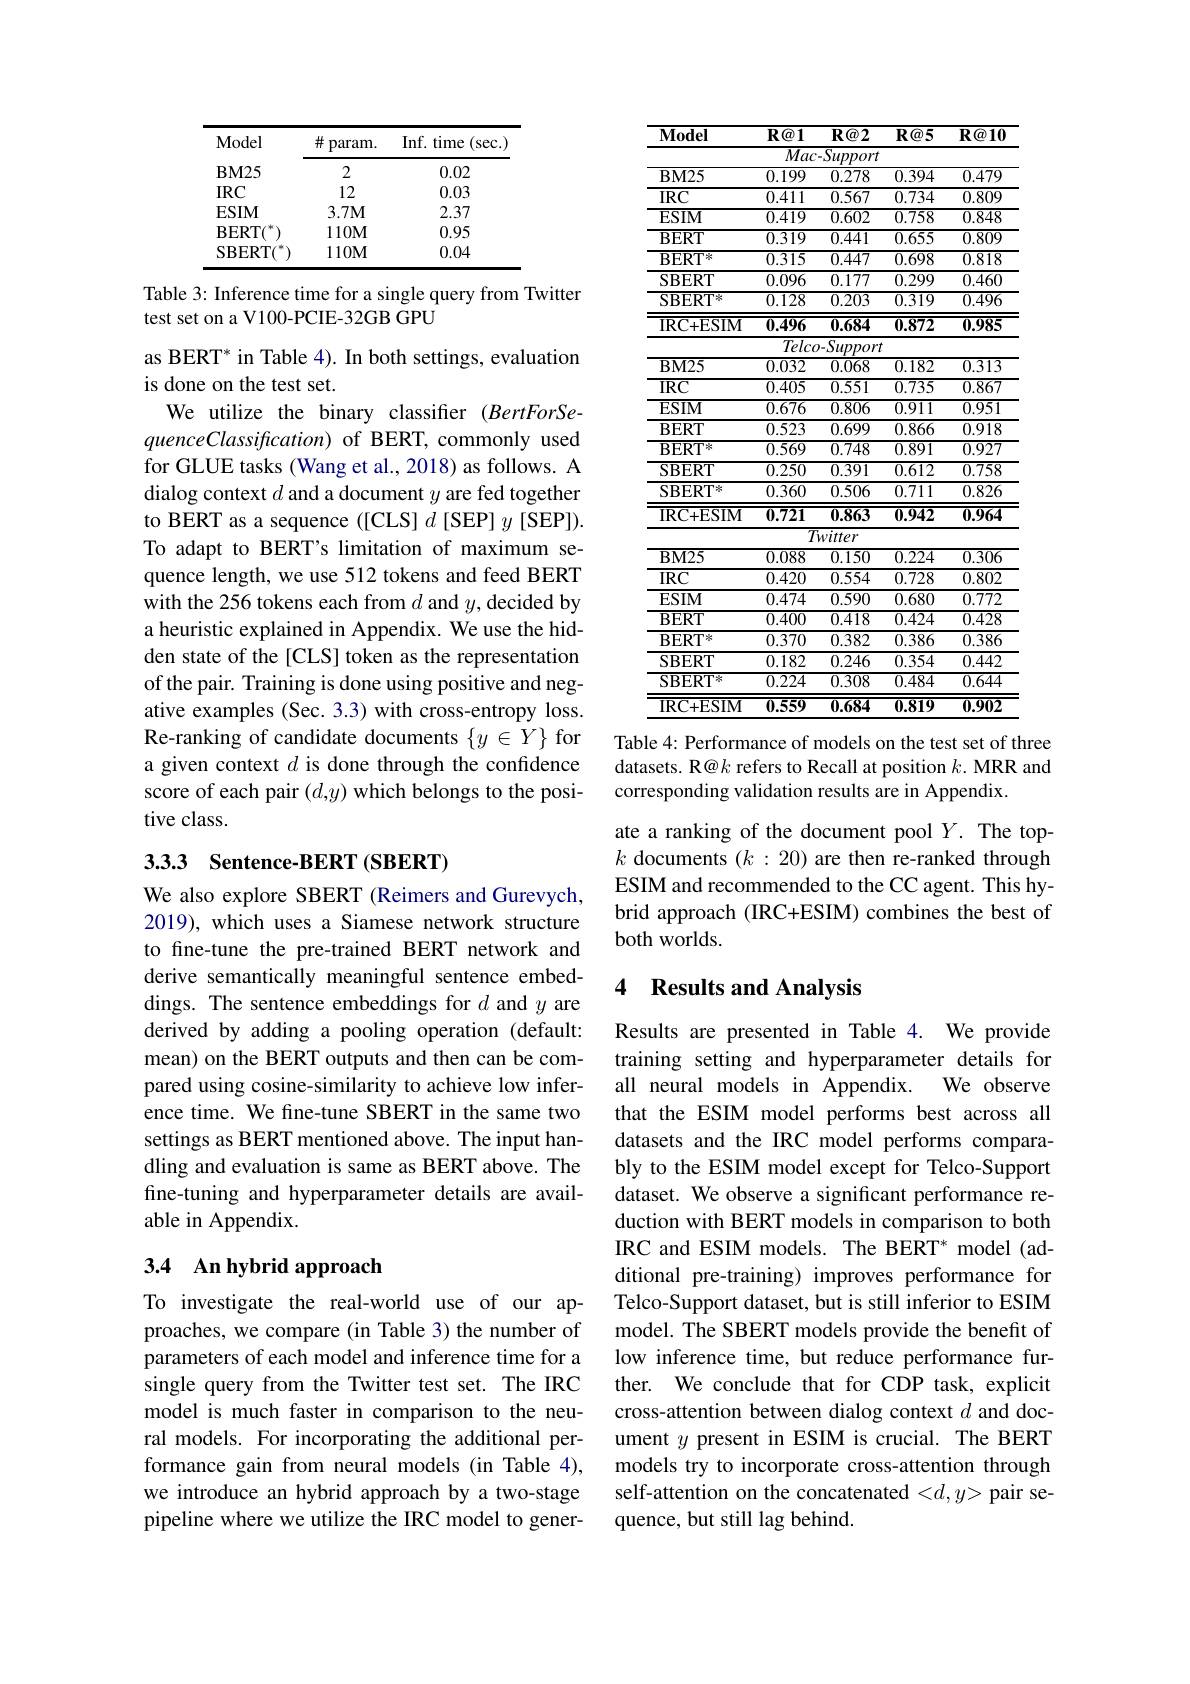
<table>
	<tbody>
		<tr>
			<th>Model</th>
			<th>井 param.</th>
			<th>Inf. t time (sec</th>
		</tr>
		<tr>
			<td>$\mathbf{BM25}$</td>
			<td>2</td>
			<td>0.02</td>
		</tr>
		<tr>
			<td>$IRC$</td>
			<td>12</td>
			<td>0.03</td>
		</tr>
		<tr>
			<td>ESIM</td>
			<td>$3.7\mathbf{M}$</td>
			<td>2.37</td>
		</tr>
		<tr>
			<td>$\mathbf{BERT}$</td>
			<td>$110\mathbf{M}$</td>
			<td>0.95</td>
		</tr>
		<tr>
			<td>SBERT(</td>
			<td>$110\mathbf{M}$</td>
			<td>0.04</td>
		</tr>
	</tbody>
</table>

Table 3: Inference time for a single query from Twitter
test set on a V100-PCIE-32GB GPU

as BERT* in Table 4). In both settings, evaluation
is done on the test set.
We utilize the binary classifier (BertForSequenceClassification) of BERT, commonly used for GLUE tasks (Wang et al., 2018) as follows. A dialog context $d$ and a document $y$ are fed together to BERT as a sequence ([CLS] $d$ [SEP] $y$[SEP]). To adapt to BERT's limitation of maximum sequence length, we use 512 tokens and feed BERT with the 256 tokens each from $d$ and $y$,decided by a heuristic explained in Appendix. We use the hidden state of the [CLS] token as the representation of the pair. Training is done using positive and negative examples (Sec. 3.3) with cross-entropy loss. Re-ranking of candidate documents $\{y\in Y\}$ for a given context $d$ is done through the confidence score of each pair $(d,y)$ which belongs to the positive class.

## 3.3.3 Sentence-BERT (SBERT)

We also explore SBERT (Reimers and Gurevych, 2019), which uses a Siamese network structure to fine-tune the pre-trained BERT network and derive semantically meaningful sentence embeddings. The sentence embeddings for $d$ and $y$ are derived by adding a pooling operation (default: mean) on the BERT outputs and then can be compared using cosine-similarity to achieve low inference time. We fine-tune SBERT in the same two settings as BERT mentioned above. The input handling and evaluation is same as BERT above. The fine-tuning and hyperparameter details are available in Appendix.

# 3.4 An hybrid approach

To investigate the real-world use of our approaches, we compare (in Table 3) the number of parameters of each model and inference time for a single query from the Twitter test set. The IRC model is much faster in comparison to the neural models. For incorporating the additional performance gain from neural models (in Table 4), we introduce an hybrid approach by a two-stage pipeline where we utilize the IRC model to gener-

<table>
	<tbody>
		<tr>
			<th>$\mathbf{Model}$</th>
			<th>$R@1$</th>
			<th>$R@2$</th>
			<th>$R@5$</th>
			<th>$\mathbf{R} \textcircled {a}10$</th>
		</tr>
		<tr>
			<td> </td>
			<td>$\overline{Mac}$</td>
			<td>$-Support$</td>
			<td> </td>
			<td> </td>
		</tr>
		<tr>
			<td>$\mathbf{BM25}$</td>
			<td>0.199</td>
			<td>0.278</td>
			<td>0.394</td>
			<td>0.479</td>
		</tr>
		<tr>
			<td>$IRC$</td>
			<td>0.411</td>
			<td>0.567</td>
			<td>0.734</td>
			<td>0.809</td>
		</tr>
		<tr>
			<td>$\mathbf{ESIM}$</td>
			<td>$\overline{0.419}$</td>
			<td>$\overline{0.602}$</td>
			<td>$\overline{0.758}$</td>
			<td>$\overline{0.848}$</td>
		</tr>
		<tr>
			<td>$\mathbf{BERT}$</td>
			<td>$\overline{0.319}$</td>
			<td>$\overline{0.441}$</td>
			<td>$\overline{0.655}$</td>
			<td>$\overline{0.809}$</td>
		</tr>
		<tr>
			<td>$\mathbf{BERT}^{*}$</td>
			<td>$\overline{0.315}$</td>
			<td>$\overline{0.447}$</td>
			<td>$\overline{0.698}$</td>
			<td>$\overline{0.818}$</td>
		</tr>
		<tr>
			<td>$\mathbf{SBERT}$</td>
			<td>0.096</td>
			<td>0.177</td>
			<td>0.299</td>
			<td>0.460</td>
		</tr>
		<tr>
			<td>SBERT 米</td>
			<td>$\overline{0.128}$</td>
			<td>$\overline{0.203}$</td>
			<td>$\overline{0.319}$</td>
			<td>$\overline{0.496}$</td>
		</tr>
		<tr>
			<td>IRC+ ESIM</td>
			<td>$\overline{0.496}$</td>
			<td>$\overline{0.684}$</td>
			<td>$\overline{0.872}$</td>
			<td>$\overline{0.985}$</td>
		</tr>
		<tr>
			<td> </td>
			<td>$\overline{Telc\epsilon}$</td>
			<td>$-Support$</td>
			<td> </td>
			<td> </td>
		</tr>
		<tr>
			<td>$BM25$</td>
			<td>$\overline{0.032}$</td>
			<td>$\overline{0.068}$</td>
			<td>$\overline{0.182}$</td>
			<td>$\overline{0.313}$</td>
		</tr>
		<tr>
			<td>$\overline{\mathrm{IRC}}$</td>
			<td>$\overline{0.405}$</td>
			<td>$\overline{0.551}$</td>
			<td>$\overline{0.735}$</td>
			<td>$\overline{0.867}$</td>
		</tr>
		<tr>
			<td>$\mathbf{ESIM}$</td>
			<td>$\overline{0.676}$</td>
			<td>$\overline{0.806}$</td>
			<td>$\overline{0.911}$</td>
			<td>$\overline{0.951}$</td>
		</tr>
		<tr>
			<td>$\mathbf{BERT}$</td>
			<td>0.523</td>
			<td>0.699</td>
			<td>$\overline{0.866}$</td>
			<td>0.918</td>
		</tr>
		<tr>
			<td>$\mathbf{BERT}^{*}$</td>
			<td>$\overline{0.569}$</td>
			<td>$\overline{0.748}$</td>
			<td>$\overline{0.891}$</td>
			<td>$\overline{0.927}$</td>
		</tr>
		<tr>
			<td>SBERT</td>
			<td>0.250</td>
			<td>$\overline{0.391}$</td>
			<td>$\overline{0.612}$</td>
			<td>$\overline{0.758}$</td>
		</tr>
		<tr>
			<td>SBERT米</td>
			<td>0.360</td>
			<td>0.506</td>
			<td>0.711</td>
			<td>0.826</td>
		</tr>
		<tr>
			<td>IRC+ESIM</td>
			<td>$\overline{0.721}$</td>
			<td>$\overline{0.863}$</td>
			<td>$\overline{0.942}$</td>
			<td>$\overline{0.964}$</td>
		</tr>
		<tr>
			<td> </td>
			<td>$\overline{T}$</td>
			<td>witter</td>
			<td> </td>
			<td> </td>
		</tr>
		<tr>
			<td>$\mathbf{BM25}$</td>
			<td>0.088</td>
			<td>$\overline{0.150}$</td>
			<td>0.224</td>
			<td>$\overline{0.306}$</td>
		</tr>
		<tr>
			<td>$IRC$</td>
			<td>0.420</td>
			<td>0.554</td>
			<td>0.728</td>
			<td>0.802</td>
		</tr>
		<tr>
			<td>ESIM</td>
			<td>0.474</td>
			<td>0.590</td>
			<td>0.680</td>
			<td>0.772</td>
		</tr>
		<tr>
			<td>$\mathbf{BERT}$</td>
			<td>$\overline{0.400}$</td>
			<td>$\overline{0.418}$</td>
			<td>0.424</td>
			<td>$\overline{0.428}$</td>
		</tr>
		<tr>
			<td>$\mathbf{BERT}^{*}$</td>
			<td>0.370</td>
			<td>0.382</td>
			<td>$\overline{0.386}$</td>
			<td>0.386</td>
		</tr>
		<tr>
			<td>SBERT</td>
			<td>0.182</td>
			<td>0.246</td>
			<td>0.354</td>
			<td>0.442</td>
		</tr>
		<tr>
			<td>$\mathrm{SBERT}^{*}$</td>
			<td>0.224</td>
			<td>$\overline{0.308}$</td>
			<td>$\overline{0.484}$</td>
			<td>$\overline{0.644}$</td>
		</tr>
		<tr>
			<td>IRC+ ESIM</td>
			<td>$\overline{0.559}$</td>
			<td>0.684</td>
			<td>$\overline{0.819}$</td>
			<td>$\overline{0.902}$</td>
		</tr>
	</tbody>
</table>
Table 4: Performance of models on the test set of three

datasets. R@k refers to Recall at position $k.$ MRR and
corresponding validation results are in Appendix.

ate a ranking of the document pool $Y.$ The top- $k$ documents $(k:20)$ are then re-ranked through ESIM and recommended to the CC agent. This hybrid approach (IRC+ESIM) combines the best of both worlds.

### 4 Results and Analysis

Results are presented in Table 4. We provide training setting and hyperparameter details for all neural models in Appendix. We observe that the ESIM model performs best across all datasets and the IRC model performs comparably to the ESIM model except for Telco-Support dataset. We observe a significant performance reduction with BERT models in comparison to both IRC and ESIM models. The BERT* model (additional pre-training) improves performance for Telco-Support dataset, but is still inferior to ESIM model. The SBERT models provide the benefit of low inference time, but reduce performance further. We conclude that for CDP task, explicit cross-attention between dialog context $d$ and document $y$ present in ESIM is crucial. The BERT models try to incorporate cross-attention through self-attention on the concatenated <d,y> pair sequence, but still lag behind.